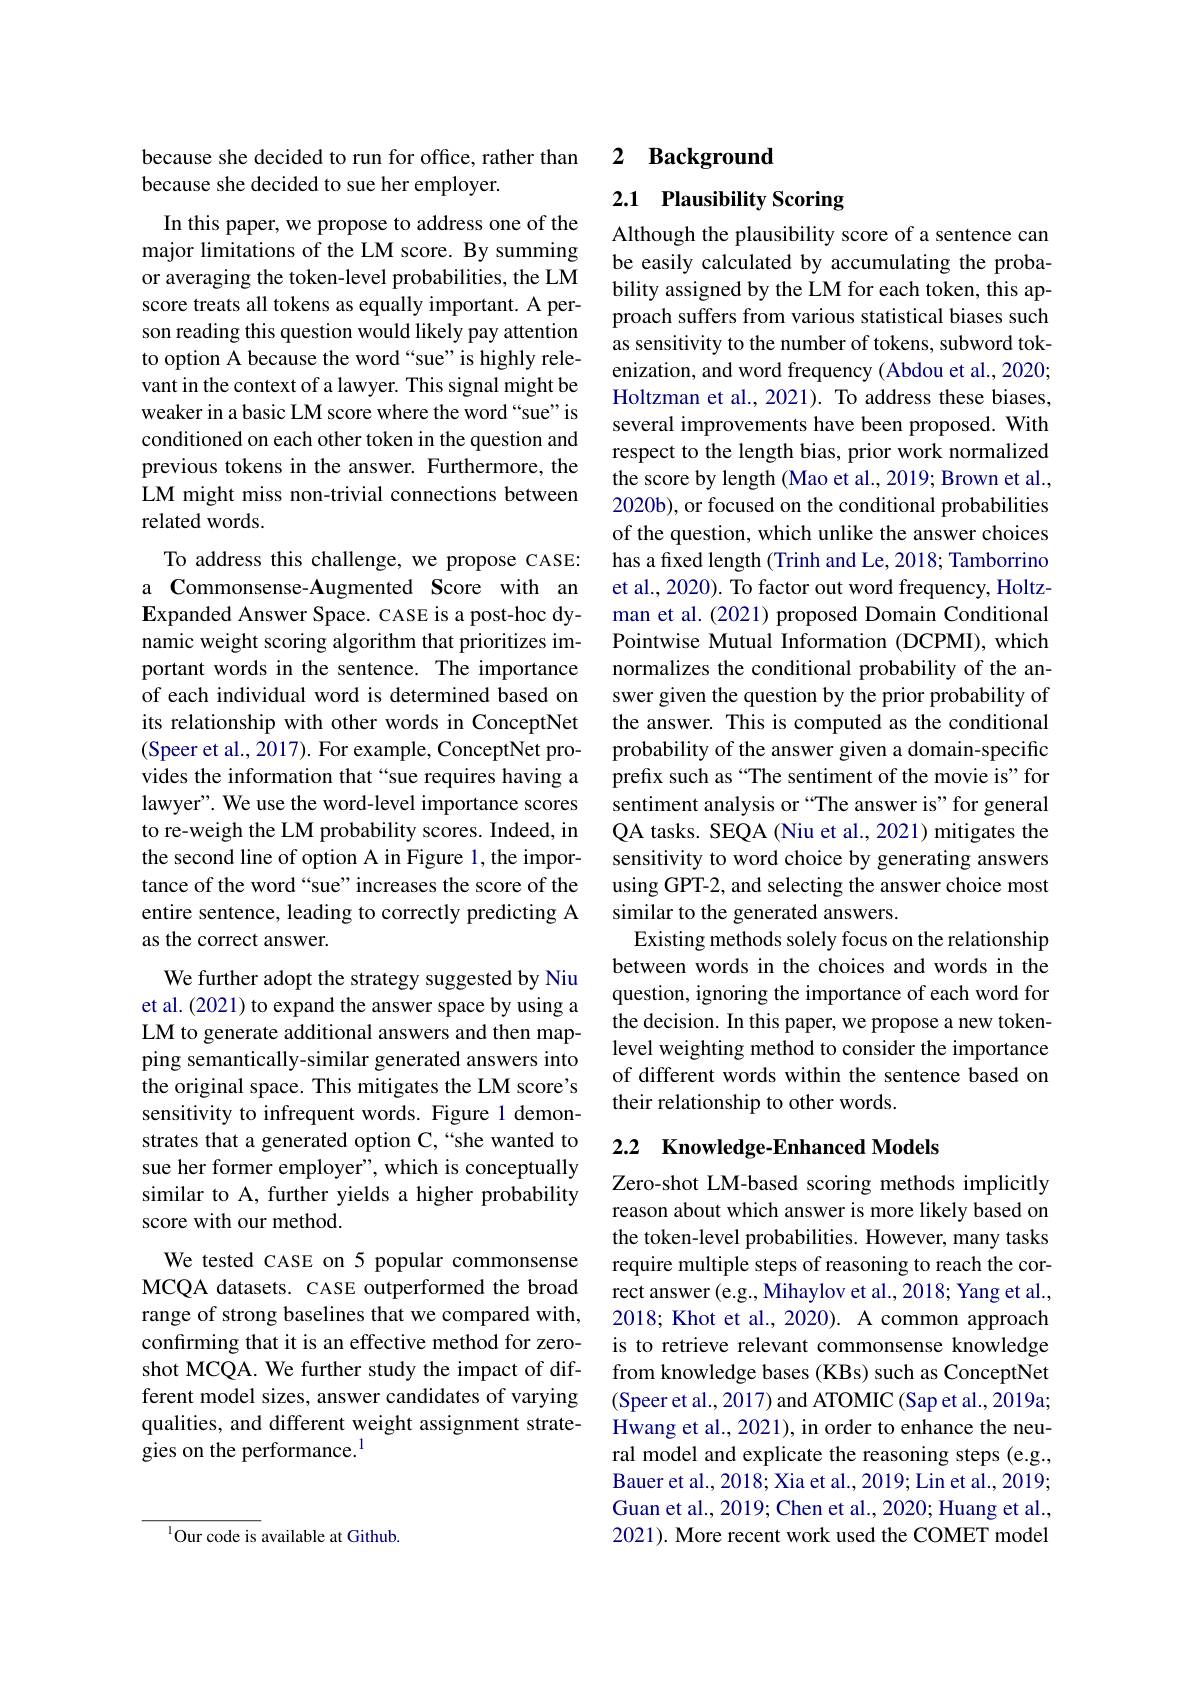
### because she decided to run for office, rather than because she decided to sue her employer.

In this paper, we propose to address one of the major limitations of the LM score. By summing or averaging the token-level probabilities, the LM score treats all tokens as equally important. A person reading this question would likely pay attention to option A because the word “sue” is highly relevant in the context of a lawyer. This signal might be weaker in a basic LM score where the word “sue” is conditioned on each other token in the question and previous tokens in the answer. Furthermore, the LM might miss non-trivial connections between related words.

To address this challenge, we propose CASE: a Commonsense-Augmented Score with an Expanded Answer Space. CASE is a post-hoc dynamic weight scoring algorithm that prioritizes important words in the sentence. The importance of each individual word is determined based on its relationship with other words in ConceptNet (Speer et al., 2017). For example, ConceptNet provides the information that “sue requires having a lawyer". We use the word-level importance scores to re-weigh the LM probability scores. Indeed, in the second line of option A in Figure 1, the importance of the word “sue”increases the score of the entire sentence, leading to correctly predicting A as the correct answer.
We further adopt the strategy suggested by Niu et al. (2021) to expand the answer space by using a LM to generate additional answers and then mapping semantically-similar generated answers into the original space. This mitigates the LM score's sensitivity to infrequent words. Figure 1 demonstrates that a generated option C,“she wanted to sue her former employer", which is conceptually similar to A, further yields a higher probability score with our method.
We tested CASE on 5 popular commonsense

MCQA datasets. CASE outperformed the broad range of strong baselines that we compared with, confirming that it is an effective method for zeroshot MCQA. We further study the impact of different model sizes, answer candidates of varying qualities, and different weight assignment strategies on the performance.$^{1}$

2 Background

2.1 Plausibility Scoring

Although the plausibility score of a sentence can be easily calculated by accumulating the probability assigned by the LM for each token, this approach suffers from various statistical biases such as sensitivity to the number of tokens, subword tokenization, and word frequency (Abdou et al., 2020; Holtzman et al., 2021). To address these biases, several improvements have been proposed. With respect to the length bias, prior work normalized the score by length (Mao et al., 2019; Brown et al., 2020b), or focused on the conditional probabilities of the question, which unlike the answer choices has a fixed length (Trinh and Le, 2018; Tamborrino et al., 2020). To factor out word frequency, Holtzman et al. (2021) proposed Domain Conditional Pointwise Mutual Information (DCPMI), which normalizes the conditional probability of the answer given the question by the prior probability of the answer. This is computed as the conditional probability of the answer given a domain-specific prefix such as “The sentiment of the movie is" for sentiment analysis or “The answer is”for general QA tasks. SEQA (Niu et al., 2021) mitigates the sensitivity to word choice by generating answers using GPT-2, and selecting the answer choice most similar to the generated answers.
Existing methods solely focus on the relationship between words in the choices and words in the question, ignoring the importance of each word for the decision. In this paper, we propose a new tokenlevel weighting method to consider the importance of different words within the sentence based on their relationship to other words.

## 2.2 Knowledge-Enhanced Models

Zero-shot LM-based scoring methods implicitly reason about which answer is more likely based on the token-level probabilities. However, many tasks require multiple steps of reasoning to reach the correct answer (e.g., Mihaylov et al., 2018; Yang et al., 2018; Khot et al., 2020). A common approach is to retrieve relevant commonsense knowledge from knowledge bases (KBs) such as ConceptNet (Speer et al., 2017) and ATOMIC (Sap et al., 2019a; Hwang et al., 2021), in order to enhance the neural model and explicate the reasoning steps (e.g., Bauer et al. , 2018; Xia et al. , 2019; Lin et al. , 2019; Guan et al., 2019; Chen et al., 2020; Huang et al., 2021). More recent work used the COMET model

$^{1}$Our code is available at Github